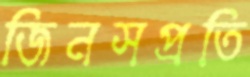
জিনসপ্রতি